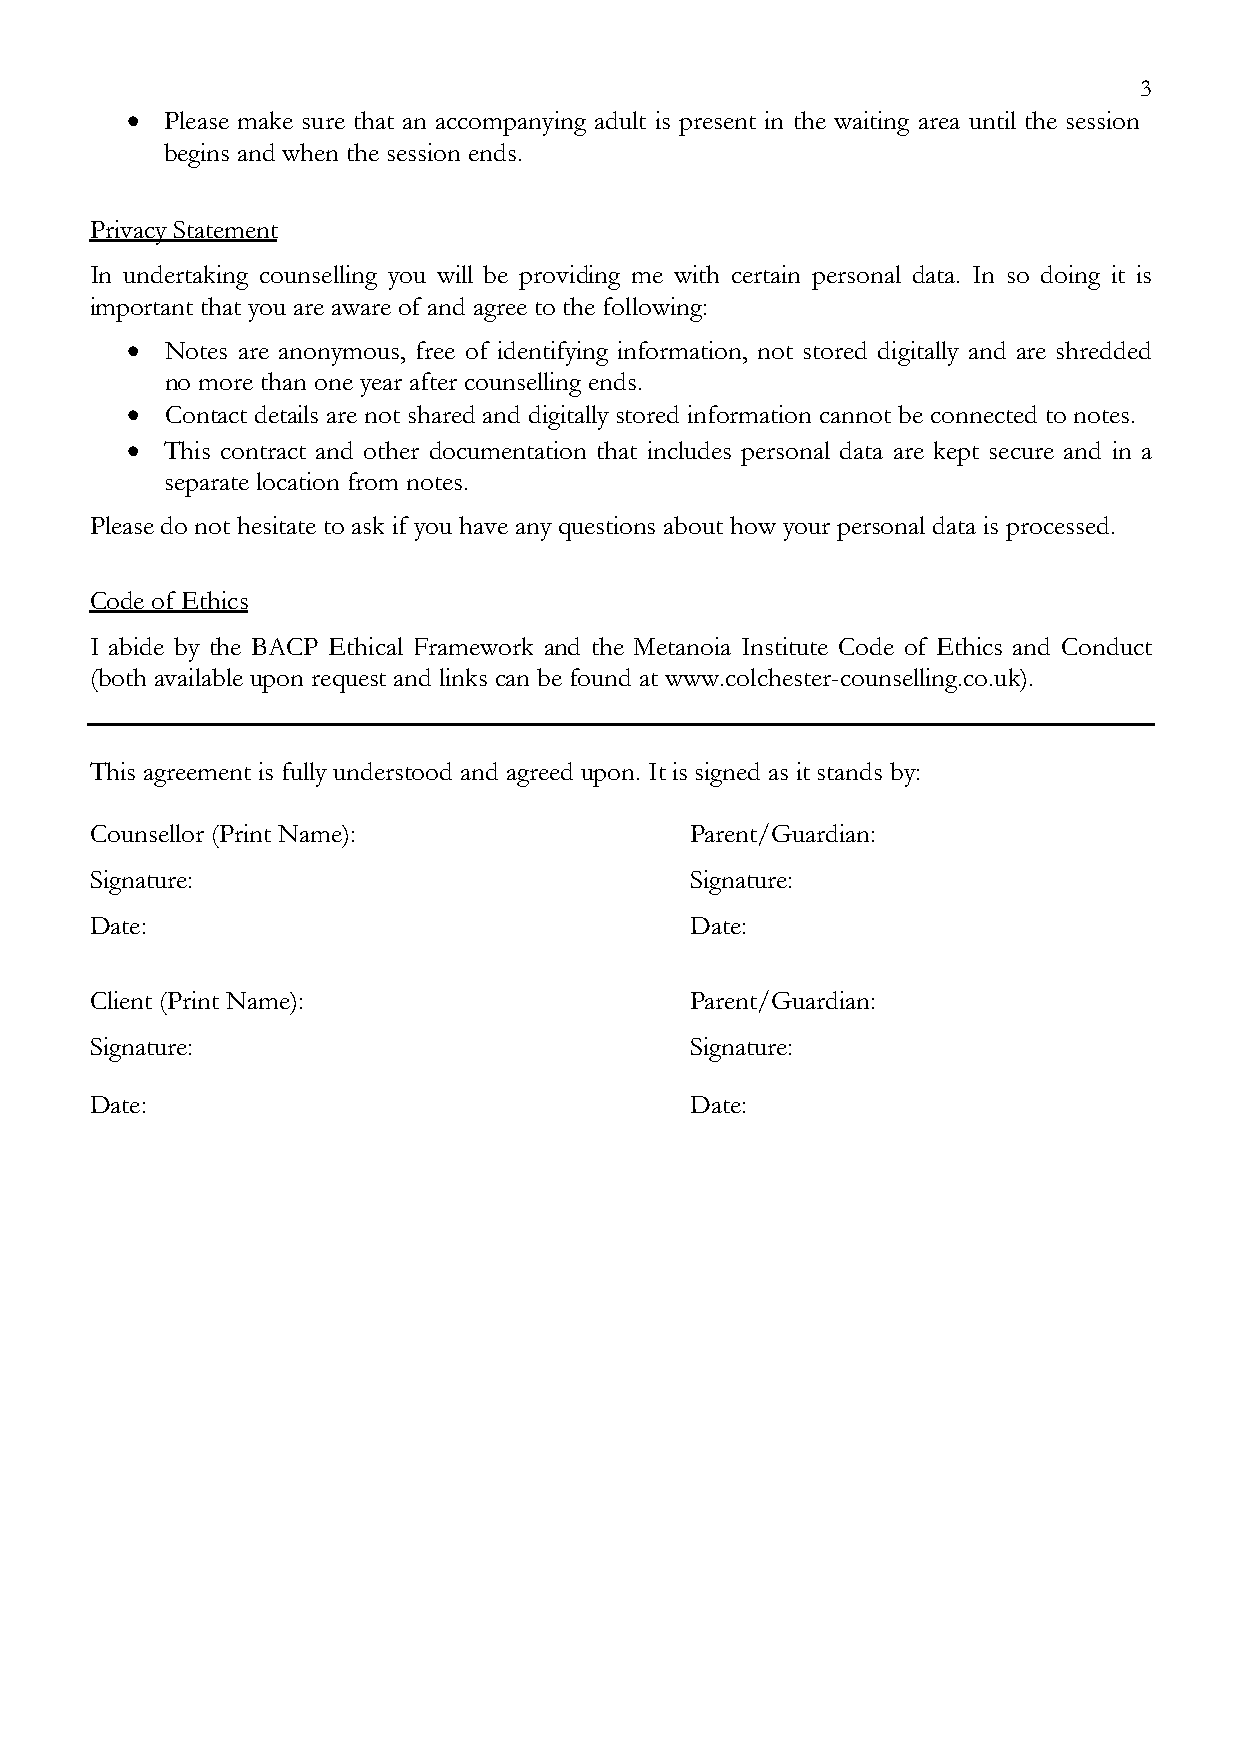
3
 •  Please make sure that an accompanying adult is present in the waiting area until the session
 begins and when the session ends.
 Privacy Statement
 In undertaking counselling you will be providing me with certain personal data. In so doing it is
 important that you are aware of and agree to the following:
 •  Notes are anonymous, free of identifying information, not stored digitally and are shredded
 no more than one year after counselling ends.
 •  Contact details are not shared and digitally stored information cannot be connected to notes.
 •  This contract and other documentation that includes personal data are kept secure and in a
 separate location from notes.
 Please do not hesitate to ask if you have any questions about how your personal data is processed.
 Code of Ethics
 I abide by the BACP Ethical Framework and the Metanoia Institute Code of Ethics and Conduct
 (both available upon request and links can be found at www.colchester-counselling.co.uk).
 This agreement is fully understood and agreed upon. It is signed as it stands by:
 Counsellor (Print Name):                Parent/Guardian:
 Signature:                              Signature:
 Date:                                   Date:
 Client (Print Name):                    Parent/Guardian:
 Signature:                              Signature:
 Date:                                   Date: